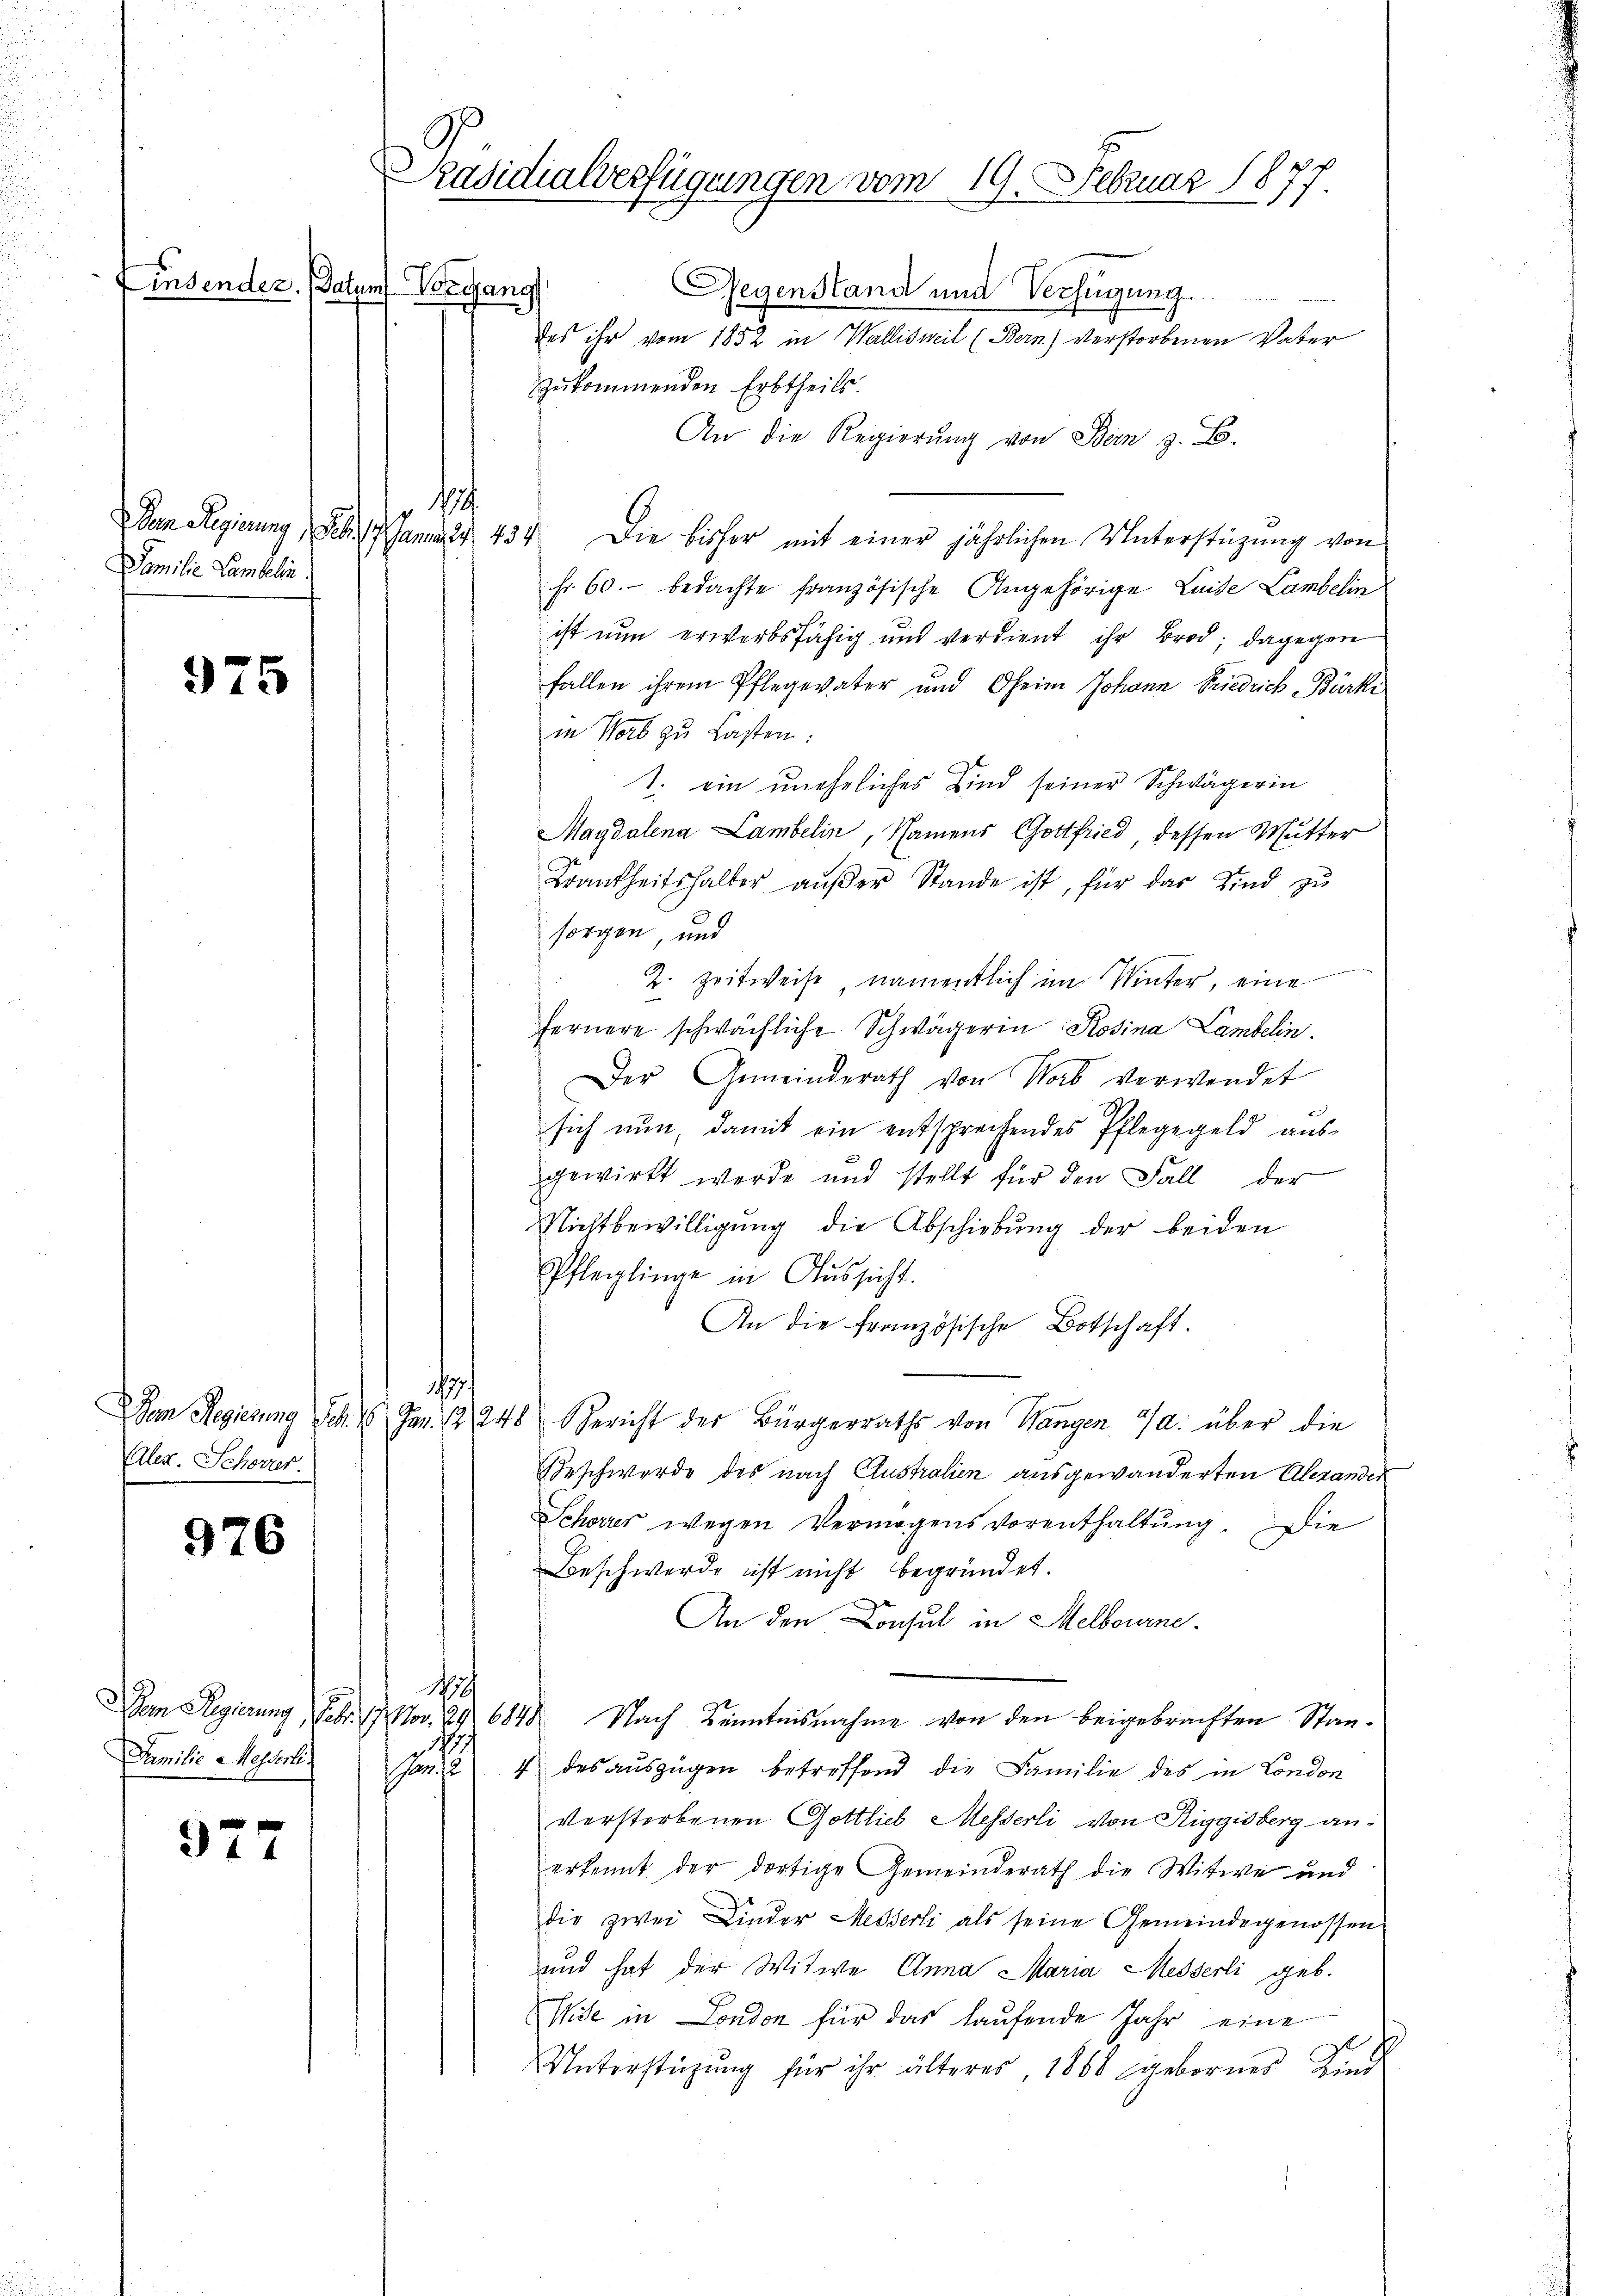
Einsender. Paten Vorgang

Familie Lambelin.

975

Alex. Schörter.

976

Familie Messerli

977

Präsidialverfügungen vom 19. Februar 1877.

Regenstand und Verfügung
des ihr vom 1852 in Wallisweil (Bern) verstorbenen Vater
zukommenden Erbtheils.
An die Regierŭng von Bern z. B.
sch
Den Regierung, Seb. 1. Januar 434. Die bisher mit einer jährlichen Unterstüzung von
fr. 60. bedachte französische Angehörige Leide Lambelin
ist nun erwerbsfähig und verdient ihr Brod; dagegen
fallen ihrem Pflegeväter und Oheim Johann Friedrich Bärki
in Wort zu Lasten:
T. ein uneheliches Kind seiner Schwägerin
Magdalena Lambelin, Namens Gottfried, dessen Mutter
Frankheitshalber aŭβer Stande ist, für das Kind zu
sorgen, und
2. Zeitweise, namentlich im Winter, eine
¬
fernere schwächliche Schwägerin Rosina Lambelin.
Der Gemeinderath von Worb verwendet
sich nun, damit ein entsprechendes Pflegegeld ausgewirkt werde und stellt für den Fall der
Nichtbewilligung die Abschiebung der beiden
Pfleglinge in Aussicht.
An die französische Botschaft.
197.
Dem Regierung Sch. 16 Jan. 1 248 Gericht des Bürgerraths von Wangen a. über die
Beschwerde des nach Clustralien ausgewanderten Alexander
Schores wegen Vermögens vorenthaltŭng. Die
Beschwerde ist nicht begründet.
An den Consul in Melbourne
sch
Dem Regierung, Febr. 19. Nov. 29. 6840 Nach Kenntnisnahme von den beigebrachten Stant
4 des auszügen betreffend die Familie des in London
verstorbenen Gottlieb Messerli von Riggisberg an-
erkennt der dortige Gemeinderath die Witwe und
die zwei Kinder Messerli als seine Gemeindegenossen
und hat der Witwe Anna Maria Messerli geb.
Wise in London für das laufende Jahr eine
Unterstützŭng für ihr älteres 1868 geborner Find